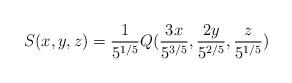
LaTeX: \begin{align*} S(x,y,z) = \frac{1}{5^{1/5}}Q(\frac{3x}{5^{3/5}}, \frac{2y}{5^{2/5}}, \frac{z}{5^{1/5}})\end{align*}